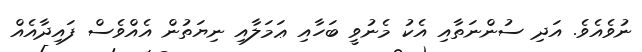
ނުވެއެވެ. އަދި ސުންނަތާއި އެކު މެނުވީ ބަހާއި ޢަމަލާއި ނިޔަތުން އެއްވެސް ފައިދާއެއް